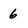
Character: 6